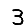
Digit: 3